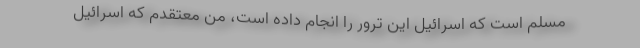
مسلم است که اسرائیل این ترور را انجام داده است، من معتقدم که اسرائیل